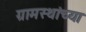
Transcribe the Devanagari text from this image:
ग्रामस्‍थांच्‍या